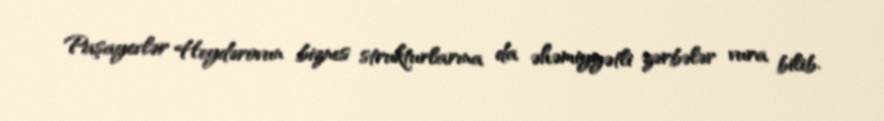
Paşayevlər Heydərovun biznes strukturlarına da əhəmiyyətli zərbələr vura bilib.